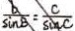
\frac { b } { \sin B } = \frac { C } { \sin C }